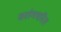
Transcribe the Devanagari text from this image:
वरांगचरित